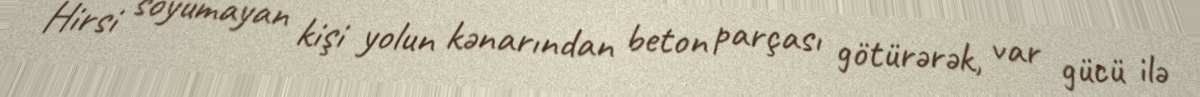
Hirsi soyumayan kişi yolun kənarından beton parçası götürərək, var gücü ilə